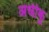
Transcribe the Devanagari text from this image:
अधीकू